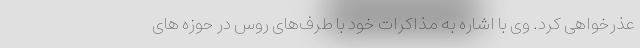
عذرخواهی کرد. وی با اشاره به مذاکرات خود با طرف‌های روس در حوزه های